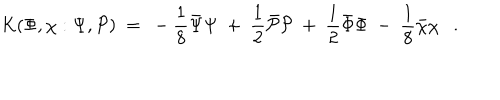
\mathrm { K } ( \Phi , \chi : \Psi , { \cal P } ) ~ = ~ - \frac 1 8 { \bar { \Psi } } { \Psi } ~ + ~ \frac 1 2 { \bar { \cal P } } { \cal P } ~ + ~ \frac 1 2 { \bar { \Phi } } { \Phi } ~ - ~ \frac 1 8 { \bar { \chi } } { \chi } .